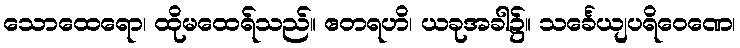
သောထေရော၊ ထိုမထေရ်သည်။ ဧတရဟိ၊ ယခုအခါ၌။ သင်္ခေယျပရိဝေဏေ၊